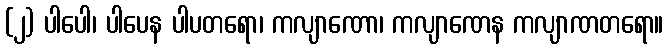
(၂) ပါပေါ၊ ပါပေန ပါပတရော၊ ကလျာဏော၊ ကလျာဏေန ကလျာဏတရော။